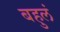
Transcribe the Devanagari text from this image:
बहुलं